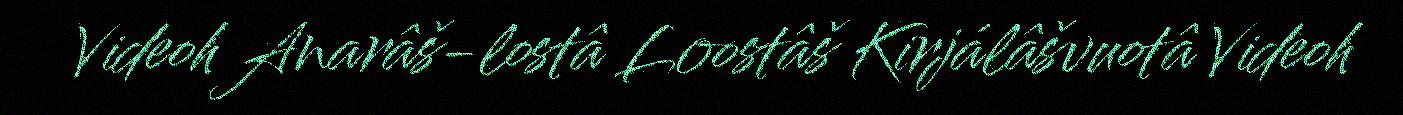
Videoh Anarâš-lostâ Loostâš Kirjálâšvuotâ Videoh